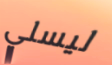
ليسلي